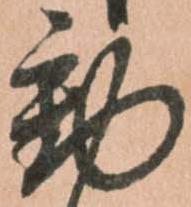
動